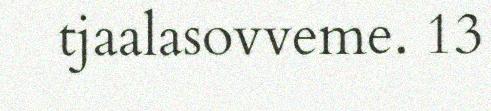
tjaalasovveme. 13